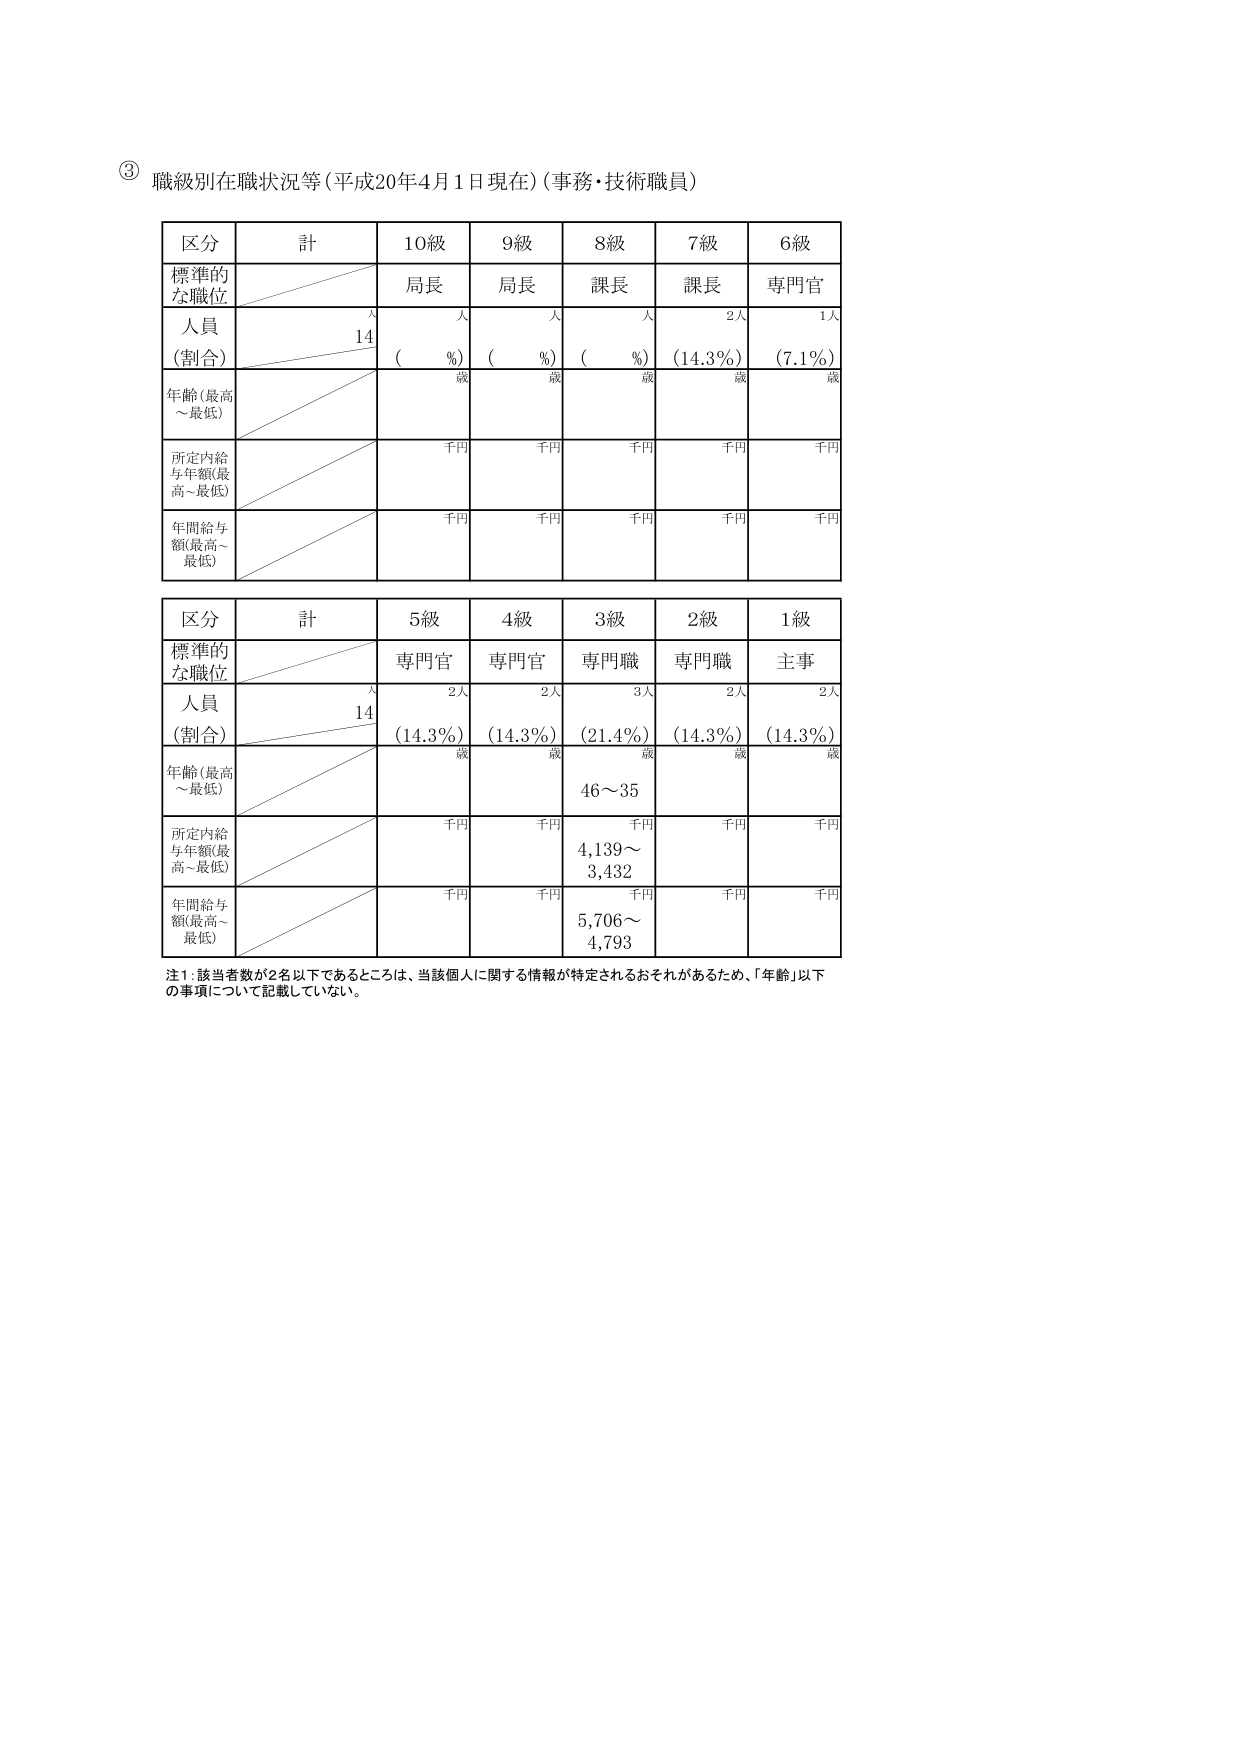
③ 職級別在職状況等（平成20年4月1日現在）（事務・技術職員）

区分	計	10級	9級	8級	7級	6級
標準的な職位		局長	局長	課長	課長	専門官
人員（割合）	14人	（　%）	（　%）	（　%）	（14.3%）	（7.1%）
年齢（最高～最低）		歳	歳	歳	歳	歳
所定内給与年額（最高～最低）		千円	千円	千円	千円	千円
年間給与額（最高～最低）		千円	千円	千円	千円	千円

区分	計	5級	4級	3級	2級	1級
標準的な職位		専門官	専門官	専門職	専門職	主事
人員（割合）	14人	（14.3%）	（14.3%）	（21.4%）	（14.3%）	（14.3%）
年齢（最高～最低）		歳	歳	46～35歳	歳	歳
所定内給与年額（最高～最低）		千円	千円	4,139～3,432千円	千円	千円
年間給与額（最高～最低）		千円	千円	5,706～4,793千円	千円	千円

注1：該当者数が2名以下であるところは、当該個人に関する情報が特定されるおそれがあるため、「年齢」以下の事項について記載していない。